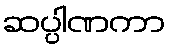
ဆပ္ပါဏကာ